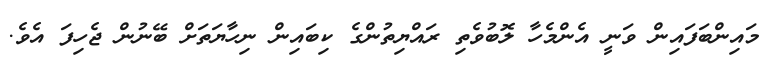
މައިންބަފައިން ވަނީ އެންމެހާ ލޮބުވެތި ރައްޔިތުންގެ ކިބައިން ނިހާޔަތަށް ބޭނުން ޖެހިފަ އެވެ.